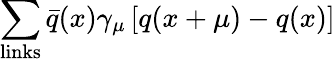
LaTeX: \sum_{\mathrm{links}}\bar{q}(x)\gamma_{\mu}\left[q(x+\mu)-q(x)\right]